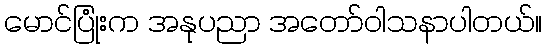
မောင်ပြုံးက အနုပညာ အတော်ဝါသနာပါတယ်။